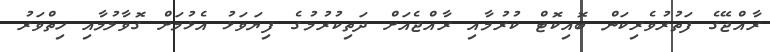
ރާއްޖޭގެ ފަތުރުވެރިކަން ބޮއިކޮޓް ކުރުމާއި ރާއްޖެއަށް ދަތިކުރުމުގެ ފިޔަވަޅު އެޅުމަށް ގޮވާލުމާއި ހިތްވަރު